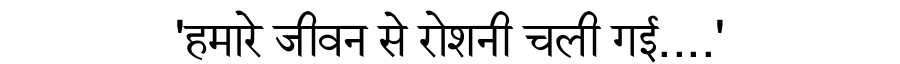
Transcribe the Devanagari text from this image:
'हमारे जीवन से रोशनी चली गई....'